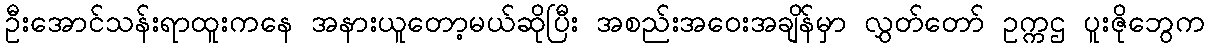
ဦးအောင်သန်းရာထူးကနေ အနားယူတော့မယ်ဆိုပြီး အစည်းအဝေးအချိန်မှာ လွှတ်တော် ဥက္ကဌ ပူးဇိုဘွေက